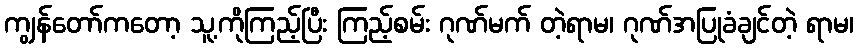
ကျွန်တော်ကတော့ သူ့ကိုကြည့်ပြီး ကြည့်စမ်း ဂုဏ်မက် တဲ့ရာမ၊ ဂုဏ်အပြုခံချင်တဲ့ ရာမ၊